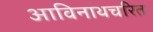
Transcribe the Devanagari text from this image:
आविनाथचरित